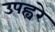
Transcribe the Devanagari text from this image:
उपह्वरे